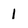
Character: 1